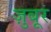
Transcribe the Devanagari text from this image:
ज़ुबूर